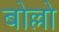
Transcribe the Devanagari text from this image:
बोल्लो